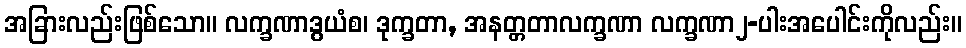
အခြားလည်းဖြစ်သော။ လက္ခဏာဒွယံစ၊ ဒုက္ခတာ, အနတ္တတာလက္ခဏာ လက္ခဏာ၂-ပါးအပေါင်းကိုလည်း။